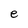
Character: e